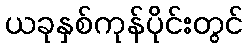
ယခုနှစ်ကုန်ပိုင်းတွင်